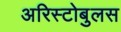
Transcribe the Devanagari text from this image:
अरिस्टोबुलस